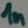
Text: 1n